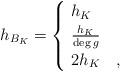
LaTeX: \begin{align*} \ h_{B_K}=\begin{cases} \ h_{K} &\\ \ \frac{h_{K}}{\deg g} &\\ \ 2h_{K} &, \end{cases}\end{align*}